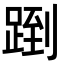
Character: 𬦶